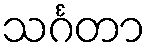
သင်္ဂတာ